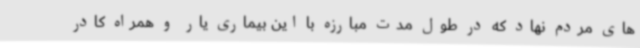
های مردم نهاد که در طول مدت مبارزه با این بیماری یار و همراه کادر